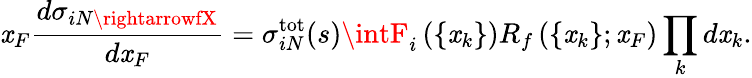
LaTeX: \mathit{x}_{F}\frac{{d\sigma_{iN\rightarrowfX}}}{{d\mathit{x}_{F}}}=\sigma_{iN}^{\mathrm{{tot}}}(s)\intF_{i}\left(\{ \mathit{x}_{k}\} \right)R_{f}\left(\{ \mathit{x}_{k}\} ;\mathit{x}_{F}\right)\prod_{k}d\mathit{x}_{k}.